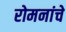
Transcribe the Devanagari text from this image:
रोमनांचे